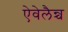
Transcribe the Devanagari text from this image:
ऐवेलैन्च